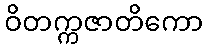
ဝိတက္ကဇာတိကော